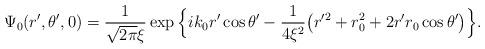
LaTeX: \begin{align*}\Psi_0(r',\theta',0)={1\over\sqrt{2\pi}\xi}\exp\Big{\{}i k_0r'\cos\theta'-{1\over4\xi^2}\big(r'^2+r_0^2+2r'r_0\cos\theta'\big)\Big{\}}.\end{align*}